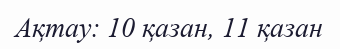
Ақтау: 10 қазан, 11 қазан